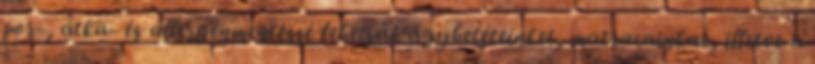
por-, atka- és allergénmentessé tehetjük ágybetéteinket, matracainkat, illetve a